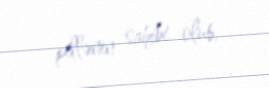
pillənin sahibi olub.